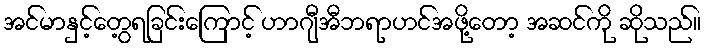
အင်မာနှင့်တွေ့ရခြင်းကြောင့် ဟာဂျီအီဘရာဟင်အဖို့တော့ အဆင်ကို ဆိုသည်။